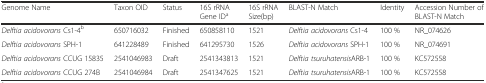
| Genome Name | Taxon OID | Status | 16S rRNA Gene IDa | 16S rRNA Size(bp) | BLAST-N Match | Identity | Accession Number of BLAST-N Match |
 | --- | --- | --- | --- | --- | --- | --- | --- |
 | Delftia acidovorans Cs1-4b | 650716032 | Finished | 650858110 | 1521 | Delftia acidovorans Cs1-4 | 100 % | NR_074626 |
 | Delftia acidovorans SPH-1 | 641228489 | Finished | 641295730 | 1526 | Delftia acidovorans SPH-1 | 100 % | NR_074691 |
 | Delftia acidovorans CCUG 15835 | 2541046983 | Draft | 2541343813 | 1521 | Delftia tsuruhatensisARB-1 | 100 % | KC572558 |
 | Delftia acidovorans CCUG 274B | 2541046984 | Draft | 2541347625 | 1521 | Delftia tsuruhatensisARB-1 | 100 % | KC572558 |